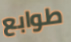
طوابع